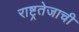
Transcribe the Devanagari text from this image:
राष्ट्रतेजाची